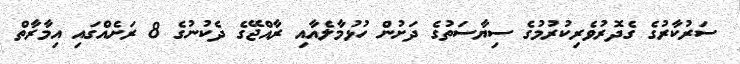
ސަރުކާރުގެ ގެދޮރުވެރިކުރުމުގެ ސިޔާސަތުގެ ދަށުން ހުޅުމާލެއާއި ރާއްޖޭގެ ދެކުނުގެ 8 ރަށެއްގައި އިމާރާތް